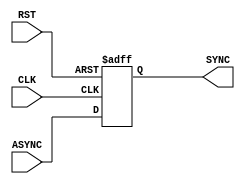
module bit_synchronizer #(parameter BUS_WIDTH = 1, parameter NUM_STAGES = 1)
(
	input wire [BUS_WIDTH-1 : 0] ASYNC,
	input wire CLK,
	input wire RST,
	output reg [BUS_WIDTH-1 : 0] SYNC
);

	integer bit_num, stage_num;
	reg [NUM_STAGES-1 : 0] Q [BUS_WIDTH-1 : 0];

    /*
	        Q[0][0] = ASYNC[0];
	        Q[0][1] = ASYNC[1];
	        Q[0][2] = ASYNC[2];
	        .
	        .
	        .
	        Q[1][0] = Q[0][0];
	        Q[1][1] = Q[0][1];
	        Q[1][2] = Q[0][2];
	        Q[2][0] = Q[1][0];
	        Q[2][1] = Q[1][1];
	        Q[2][2] = Q[1][2];
	        .
	        .
	        .
            SYNC[0] = Q[NUM_STAGE-1][0]
            SYNC[1] = Q[NUM_STAGE-1][1]
            SYNC[2] = Q[NUM_STAGE-1][2]
            .
            .
            .
	    */

	always@(posedge CLK or negedge RST)
	begin
        if(!RST)
        begin
            for(bit_num = 0; bit_num < BUS_WIDTH; bit_num = bit_num + 1)
            begin
                Q[bit_num] <= 'd0;
            end
        end
        else
        begin
            for(bit_num = 0; bit_num < BUS_WIDTH; bit_num = bit_num + 1)
		    begin
			    Q[bit_num][0] <= ASYNC[bit_num];
		    end
	        for(stage_num = 1; stage_num < NUM_STAGES; stage_num = stage_num + 1)
	        begin
			    for(bit_num = 0; bit_num < BUS_WIDTH; bit_num = bit_num + 1)
			    begin
				    Q[bit_num][stage_num] <= Q[bit_num][stage_num - 1];
			    end
		    end
        end
	end

    always@(*)
    begin
        for(bit_num = 0; bit_num < BUS_WIDTH; bit_num = bit_num + 1)
        begin
          SYNC[bit_num] = Q[bit_num][NUM_STAGES - 1];  
        end
    end


endmodule